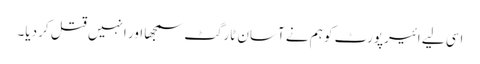
اسی لیے ائیرپورٹ کو ہم نے آسان ٹارگٹ سمجھا اور انہیں قتل کر دیا۔